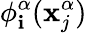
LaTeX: \phi_{\mathbf{i}}^{\alpha}(\mathbf{{x}}_{j}^{\alpha})